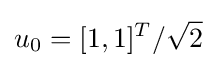
u_{0}=[1,1]^{T}/{\sqrt {2}}